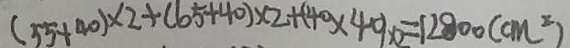
( 5 5 + 4 0 ) \times 2 + ( 6 5 + 4 0 ) \times 2 + ( 4 0 \times 4 0 ) \times 2 = 1 2 8 0 0 ( c m ^ { 2 } )